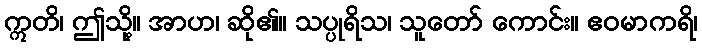
ဣတိ၊ ဤသို့။ အာဟ၊ ဆို၏။ သပ္ပုရိသ၊ သူတော် ကောင်း။ ဧဝမာကရိ၊